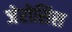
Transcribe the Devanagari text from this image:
जेरोसिस